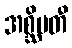
အစ္ဆိမတီ